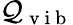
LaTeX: \mathcal{Q}_{\mathrm{{~v~i~b~}}}